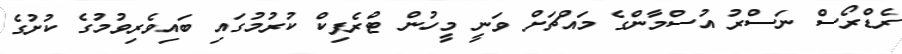
ރެޑްރޯސް ނަސްރު އުސްމާންގެ މައްޗަށް ވަނީ މީހުން ޓްރެފިކް ކުރުމުގައި ބައިވެރިވުމުގެ ކުށުގެ